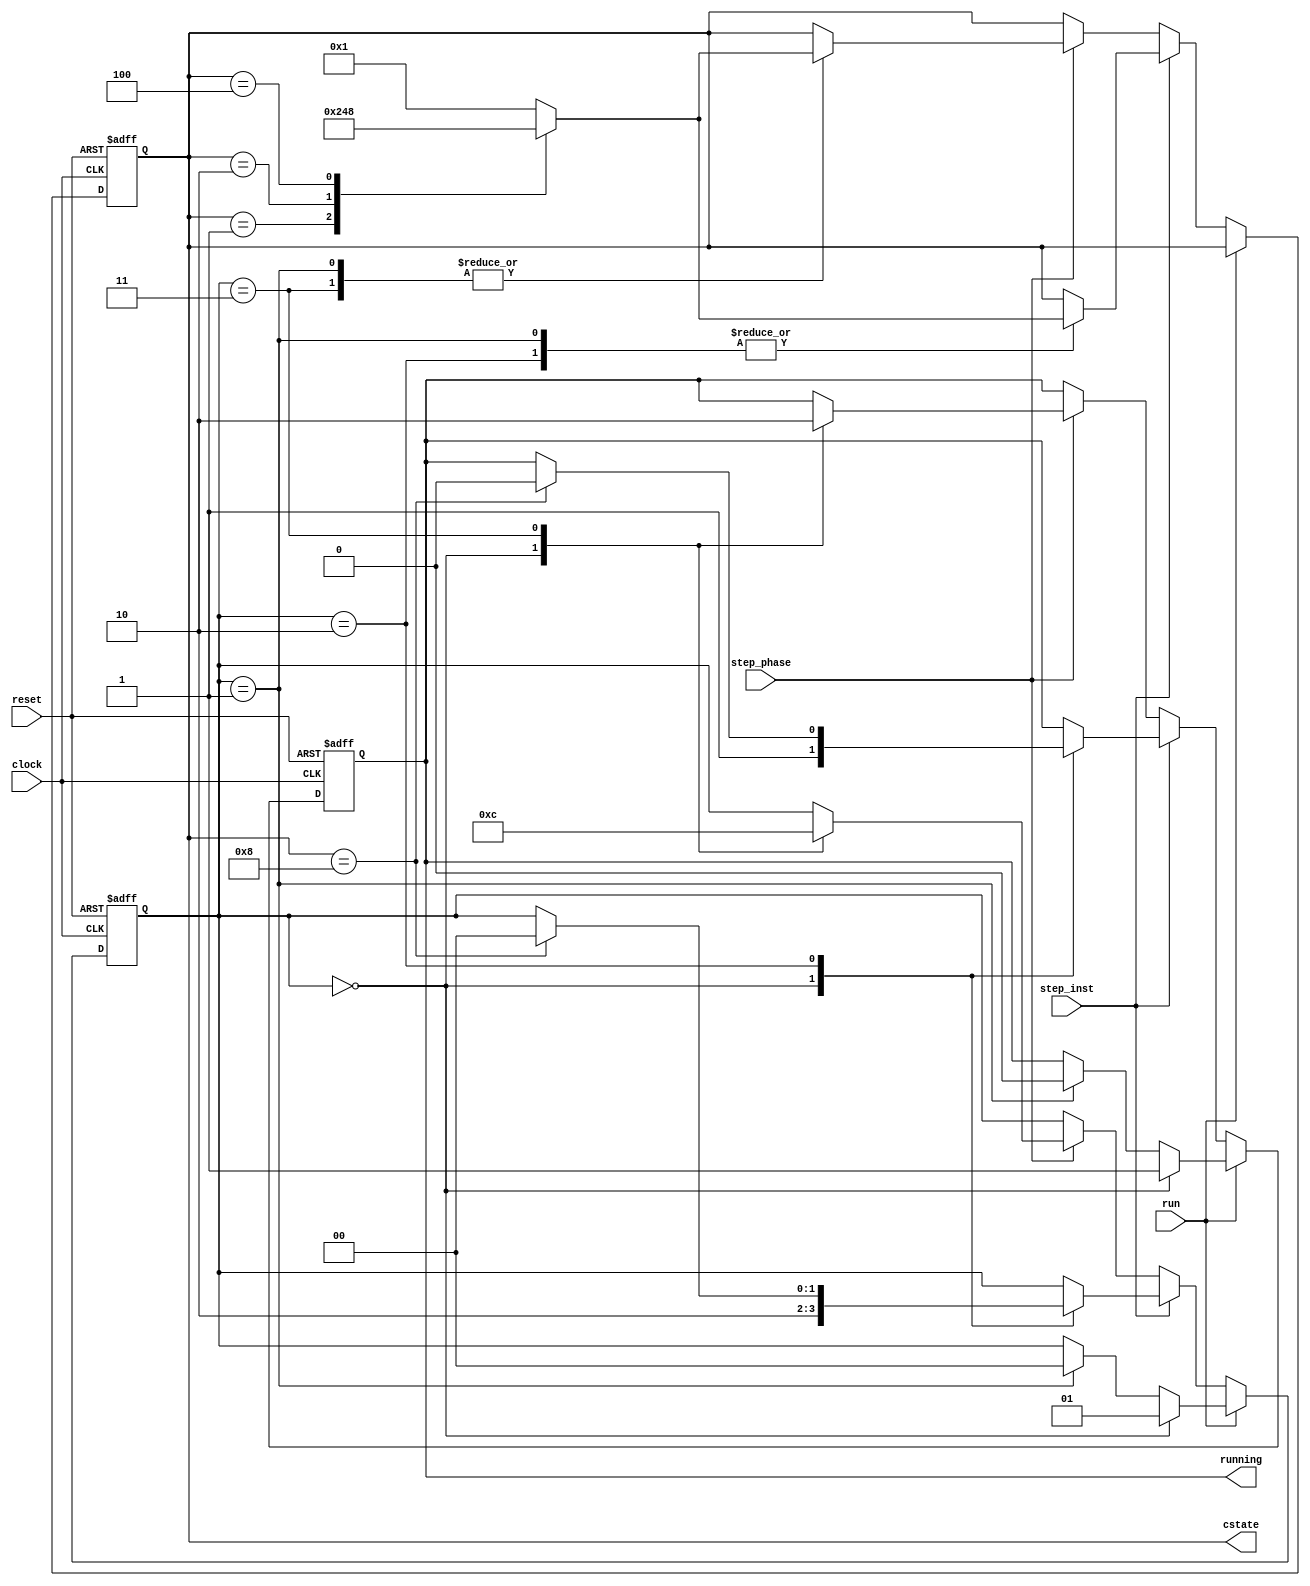

// @file phasegen.v
// @breif 
// @author Yusuke Matsunaga ( )
//
// Copyright (C) 2019 Yusuke Matsunaga
// All rights reserved.
//
// []
// 
//
// cstate = {cs_wb, cs_ex, cs_de, cs_if}
// 11
// cs_wb = cstate[3], cs_if = cstate[0]
// 
// 
// cs_if: IF 
// cs_de: DE 
// cs_ex: EX 
// cs_wb: WB 
//
// []
// clock:      ()
// reset:      (0)
// run:        
// step_phase: 1
// step_inst:  1
// cstate:     
// running:    
module phasegen(input  	     clock,
		input 	     reset,
		
		input 	     run,
		input 	     step_phase,
		input 	     step_inst,
		
		output [3:0] cstate,
		output      running);
		
//		CSTATE
		localparam IF = 4'b0001;
		localparam DE = 4'b0010;
		localparam EX = 4'b0100;
		localparam WB = 4'b1000;
		
//		Inner Status
		localparam STOP       = 2'b00;
		localparam RUN        = 2'b01;
		localparam STEP_INST  = 2'b10;
		localparam STEP_PHASE = 2'b11;

		reg [1:0] inn_sts;
		reg [3:0] phase;
		reg run_sts;

		
		function [3:0] next(input [3:0] phase);
			case(phase)
				IF: next=DE;
				DE: next=EX;
				EX: next=WB;
				WB: next=IF;
				default:next=IF;
			endcase
		endfunction
		
		always @ (posedge clock or negedge reset) begin
			if(!reset) begin
				phase <= IF;
				inn_sts <= STOP;
				run_sts<=0;
			end
			else if(run) begin
				if(inn_sts==STOP)begin
					inn_sts<=RUN;
					// if(phase==WB)begin
					// 	run_sts<=0;
					// end
					// else
					run_sts<=1;
					// phase<=next(phase);
				end
				else if(inn_sts==RUN)begin
					inn_sts<=STOP;
					run_sts<=0;
				end
			end
			else if(step_inst) begin
				case(inn_sts)
					STOP:      begin
									inn_sts<=STEP_INST;
									run_sts<=1;
								  end
					RUN:       phase<=next(phase);
					STEP_INST: begin
									 if(phase==WB)begin
										inn_sts<=STOP;
										run_sts<=0;
									 end
									 phase<=next(phase);
								  end
					default:begin
					end
				endcase
			end
			else if(step_phase) begin
				case(inn_sts)
					STOP:      begin
					            inn_sts<=STEP_PHASE;
					            run_sts<=1;
					           end
					RUN:       phase<=next(phase);
					STEP_PHASE:begin
									inn_sts<=STOP;
									run_sts<=0;
									phase<=next(phase);
								  end
					default:begin
					end
				endcase
			end
		end

		// integer i;
		// always @(posedge clock or negedge reset) begin
		// 	if(!reset)begin
		// 		phase <= IF;
		// 		inn_sts <= STOP;
		// 		run_sts<=0;
		// 	end
		// 	// else if(run)begin
		// 		// if(inn_sts==STOP)begin
		// 			inn_sts<=RUN;
		// 			run_sts<=1;
		// 			// for (i = 0; i<4;i=i+1 ) begin
						
		// 			// end
		// 			// inn_sts<=STOP;
		// 			// run_sts<=0;
		// 		// end
		// 	// end
		// 	phase<=next(phase);
		// end
		
		assign cstate=phase;
		assign running=run_sts;

endmodule // phasegen